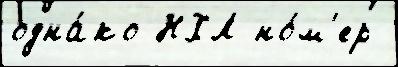
одна́ко НХЛ но́м'ер